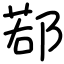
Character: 鄀